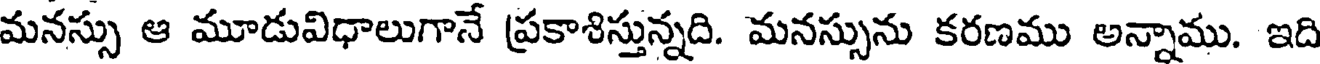
మనస్సు ఆ మూడువిధాలుగానే ప్రకాశిస్తున్నది. మనస్సును కరణము అన్నాము. ఇది